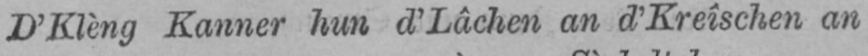
D’Klèng Kanner hun d’Lâchen an d’Kreîschen an